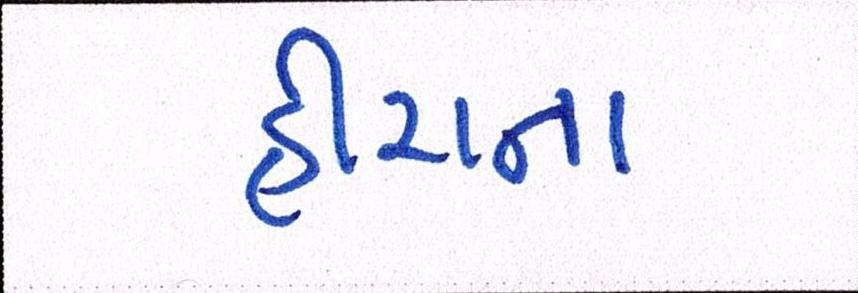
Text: હીરાના